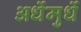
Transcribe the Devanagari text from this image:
अर्धेमुर्धे